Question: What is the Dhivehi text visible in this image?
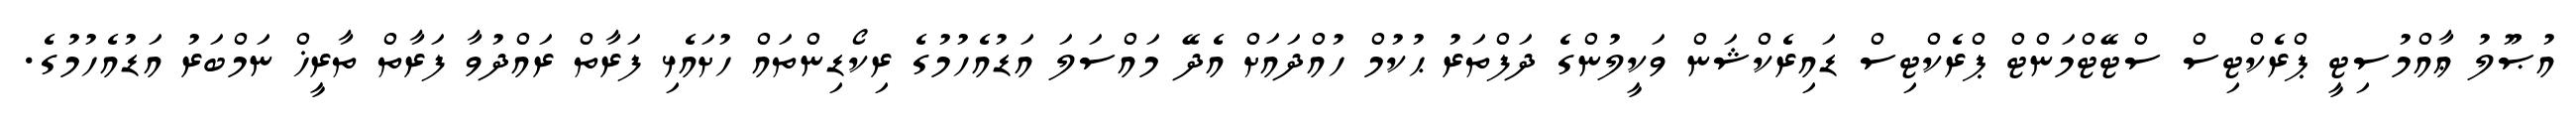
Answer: އުޞޫލު ޢާއްމުސިޓީ ޕްރެކްޓިސް ސްޓޭޓްމަންޓް ޕްރެކްޓިސް ޑައިރެކްޝަން ވަކީލުންގެ ދަފްތަރު ޙުކުމް ހުއްދައަށް އެދޭ މައްސަލަ އަޑުއެހުމުގެ ރިކޯޑިންތައް ހުށައެޅި ފަރާތް ރައްދުވާ ފަރާތް ތާރީޚް ނަމްބަރު އަޑުއެހުމުގެ.